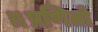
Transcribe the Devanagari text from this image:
॥प्रणितो